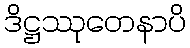
ဒိဋ္ဌဿုတေနာပိ